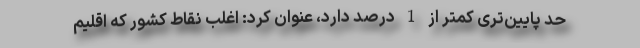
حد پایین‌تری کمتر از 1 درصد دارد، عنوان کرد: اغلب نقاط کشور که اقلیم